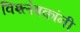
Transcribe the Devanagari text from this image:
विश्लेषकांनी